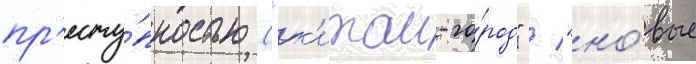
пр'есту́пностью ("к'итаи-го́род" / "но́вые